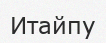
Итайпу